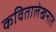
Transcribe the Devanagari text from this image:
कवितालेखनात